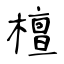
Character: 檀